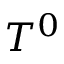
T ^ { 0 }